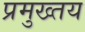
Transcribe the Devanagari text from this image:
प्रमुख्तय